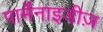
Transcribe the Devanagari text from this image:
पार्मेंनाइडीज़